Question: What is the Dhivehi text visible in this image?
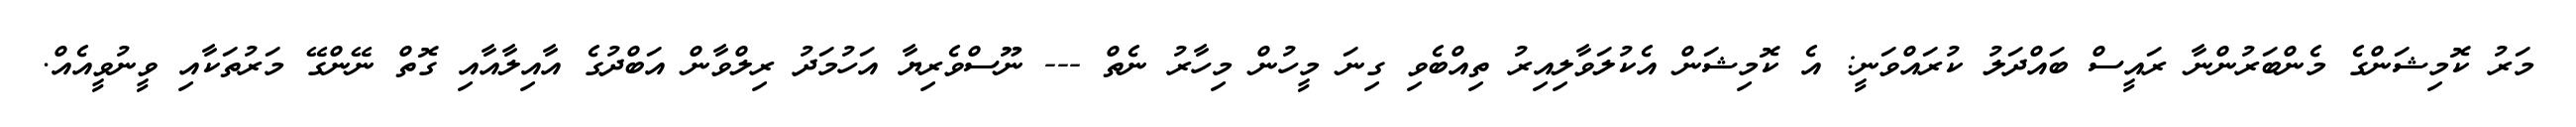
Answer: މަރު ކޮމިޝަންގެ މެންބަރުންނާ ރައީސް ބައްދަލު ކުރައްވަނީ: އެ ކޮމިޝަން އެކުލަވާލިއިރު ތިއްބެވި ގިނަ މީހުން މިހާރު ނެތް --- ނޫސްވެރިޔާ އަހުމަދު ރިލްވާން އަބްދުގެ އާއިލާއާއި ގޮތް ނޭންގޭ މަރުތަކާއި ވީނުވީއެއް.